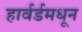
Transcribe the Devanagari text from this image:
हार्वर्डमधून